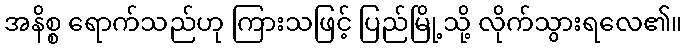
အနိစ္စ ရောက်သည်ဟု ကြားသဖြင့် ပြည်မြို့သို့ လိုက်သွားရလေ၏။